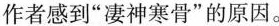
作者感到“凄神寒骨”的原因。